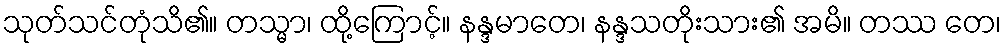
သုတ်သင်တုံသိ၏။ တသ္မာ၊ ထို့ကြောင့်။ နန္ဒမာတေ၊ နန္ဒသတိုးသား၏ အမိ။ တဿ တေ၊